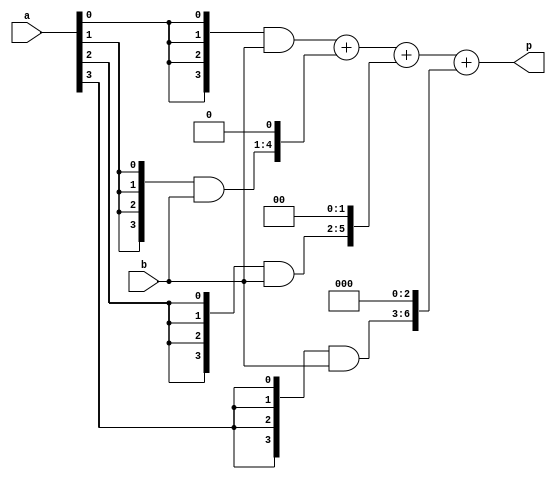
`timescale 1ns / 1ps

module multiplier(a,b,p);
    input [3:0] a,b;
    wire [3:0]m0;
    wire [4:0]m1;
    wire [5:0]m2;
    wire [6:0]m3;
    
    wire [7:0] s1,s2,s3;
    output [7:0] p;
    
    assign m0 = {4{a[0]}} & b[3:0];
    assign m1 = {4{a[1]}} & b[3:0];
    assign m2 = {4{a[2]}} & b[3:0];
    assign m3 = {4{a[3]}} & b[3:0];
    
    
    assign s1 = m0+ (m1<<1);
    assign s2 = s1+ (m2<<2);
    assign s3 = s2+ (m3<<3);
    assign p = s3;
    
endmodule